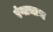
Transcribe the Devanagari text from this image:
रंगाचाच